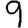
Digit: 9